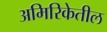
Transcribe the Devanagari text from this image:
अमिरिकेतील